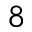
8